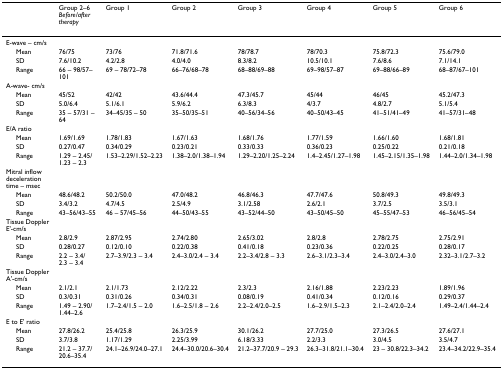
<table><thead><tr><td></td><td><b>Group 2–6 <i>Before/after therapy</i></b></td><td><b>Group 1</b></td><td><b>Group 2</b></td><td><b>Group 3</b></td><td><b>Group 4</b></td><td><b>Group 5</b></td><td><b>Group 6</b></td></tr></thead><tbody><tr><td>E-wave – cm/s</td><td></td><td></td><td></td><td></td><td></td><td></td><td></td></tr><tr><td> Mean</td><td>76/75</td><td>73/76</td><td>71.8/71.6</td><td>78/78.7</td><td>78/70.3</td><td>75.8/72.3</td><td>75.6/79.0</td></tr><tr><td> SD</td><td>7.6/10.2</td><td>4.2/2.8</td><td>4.0/4.0</td><td>8.3/8.2</td><td>10.5/10.1</td><td>7.6/8.6</td><td>7.1/14.1</td></tr><tr><td> Range</td><td>66 – 98/57–101</td><td>69 – 78/72–78</td><td>66–76/68–78</td><td>68–88/69–88</td><td>69–98/57–87</td><td>69–88/66–89</td><td>68–87/67–101</td></tr><tr><td>A-wave- cm/s</td><td></td><td></td><td></td><td></td><td></td><td></td><td></td></tr><tr><td> Mean</td><td>45/52</td><td>42/42</td><td>43.6/44.4</td><td>47.3/45.7</td><td>45/44</td><td>46/45</td><td>45.2/47.3</td></tr><tr><td> SD</td><td>5.0/6.4</td><td>5.1/6.1</td><td>5.9/6.2</td><td>6.3/8.3</td><td>4/3.7</td><td>4.8/2.7</td><td>5.1/5.4</td></tr><tr><td> Range</td><td>35 – 57/31 – 64</td><td>34–45/35 – 50</td><td>35–50/35–51</td><td>40–56/34–56</td><td>40–50/43–45</td><td>41–51/41–49</td><td>41–57/31–48</td></tr><tr><td>E/A ratio</td><td></td><td></td><td></td><td></td><td></td><td></td><td></td></tr><tr><td> Mean</td><td>1.69/1.69</td><td>1.78/1.83</td><td>1.67/1.63</td><td>1.68/1.76</td><td>1.77/1.59</td><td>1.66/1.60</td><td>1.68/1.81</td></tr><tr><td> SD</td><td>0.27/0.47</td><td>0.34/0.29</td><td>0.23/0.21</td><td>0.33/0.33</td><td>0.36/0.23</td><td>0.25/0.22</td><td>0.21/0.18</td></tr><tr><td> Range</td><td>1.29 – 2.45/1.23 – 2.3</td><td>1.53–2.29/1.52–2.23</td><td>1.38–2.0/1.38–1.94</td><td>1.29–2.20/1.25–2.24</td><td>1.4–2.45/1.27–1.98</td><td>1.45–2.15/1.35–1.98</td><td>1.44–2.0/1.34–1.98</td></tr><tr><td>Mitral inflow deceleration time – msec</td><td></td><td></td><td></td><td></td><td></td><td></td><td></td></tr><tr><td> Mean</td><td>48.6/48.2</td><td>50.2/50.0</td><td>47.0/48.2</td><td>46.8/46.3</td><td>47.7/47.6</td><td>50.8/49.3</td><td>49.8/49.3</td></tr><tr><td> SD</td><td>3.4/3.2</td><td>4.7/4.5</td><td>2.5/4.9</td><td>3.1/2.58</td><td>2.6/2.1</td><td>3.7/2.5</td><td>3.5/3.1</td></tr><tr><td> Range</td><td>43–56/43–55</td><td>46 – 57/45–56</td><td>44–50/43–55</td><td>43–52/44–50</td><td>43–50/45–50</td><td>45–55/47–53</td><td>46–56/45–54</td></tr><tr><td>Tissue Doppler E&#x27;-cm/s</td><td></td><td></td><td></td><td></td><td></td><td></td><td></td></tr><tr><td> Mean</td><td>2.8/2.9</td><td>2.87/2.95</td><td>2.74/2.80</td><td>2.65/3.02</td><td>2.8/2.8</td><td>2.78/2.75</td><td>2.75/2.91</td></tr><tr><td> SD</td><td>0.28/0.27</td><td>0.12/0.10</td><td>0.22/0.38</td><td>0.41/0.18</td><td>0.23/0.36</td><td>0.22/0.25</td><td>0.28/0.17</td></tr><tr><td> Range</td><td>2.2 – 3.4/2.3 – 3.4</td><td>2.7–3.9/2.3 – 3.4</td><td>2.4–3.0/2.4 – 3.4</td><td>2.2–3.4/2.8 – 3.3</td><td>2.6–3.1/2.3–3.4</td><td>2.4–3.0/2.4–3.0</td><td>2.32–3.1/2.7–3.2</td></tr><tr><td>Tissue Doppler A&#x27;-cm/s</td><td></td><td></td><td></td><td></td><td></td><td></td><td></td></tr><tr><td> Mean</td><td>2.1/2.1</td><td>2.1/1.73</td><td>2.12/2.22</td><td>2.3/2.3</td><td>2.16/1.88</td><td>2.23/2.23</td><td>1.89/1.96</td></tr><tr><td> SD</td><td>0.3/0.31</td><td>0.31/0.26</td><td>0.34/0.31</td><td>0.08/0.19</td><td>0.41/0.34</td><td>0.12/0.16</td><td>0.29/0.37</td></tr><tr><td> Range</td><td>1.49 – 2.90/1.44–2.6</td><td>1.7–2.4/1.5 – 2.0</td><td>1.6–2.5/1.8 – 2.6</td><td>2.2–2.4/2.0–2.5</td><td>1.6–2.9/1.5–2.3</td><td>2.1–2.4/2.0–2.4</td><td>1.49–2.4/1.44–2.4</td></tr><tr><td>E to E&#x27; ratio</td><td></td><td></td><td></td><td></td><td></td><td></td><td></td></tr><tr><td> Mean</td><td>27.8/26.2</td><td>25.4/25.8</td><td>26.3/25.9</td><td>30.1/26.2</td><td>27.7/25.0</td><td>27.3/26.5</td><td>27.6/27.1</td></tr><tr><td> SD</td><td>3.7/3.8</td><td>1.17/1.29</td><td>2.25/3.99</td><td>6.18/3.33</td><td>2.2/3.3</td><td>3.0/4.5</td><td>3.5/4.7</td></tr><tr><td> Range</td><td>21.2 – 37.7/20.6–35.4</td><td>24.1–26.9/24.0–27.1</td><td>24.4–30.0/20.6–30.4</td><td>21.2–37.7/20.9 – 29.3</td><td>26.3–31.8/21.1–30.4</td><td>23 – 30.8/22.3–34.2</td><td>23.4–34.2/22.9–35.4</td></tr></tbody></table>